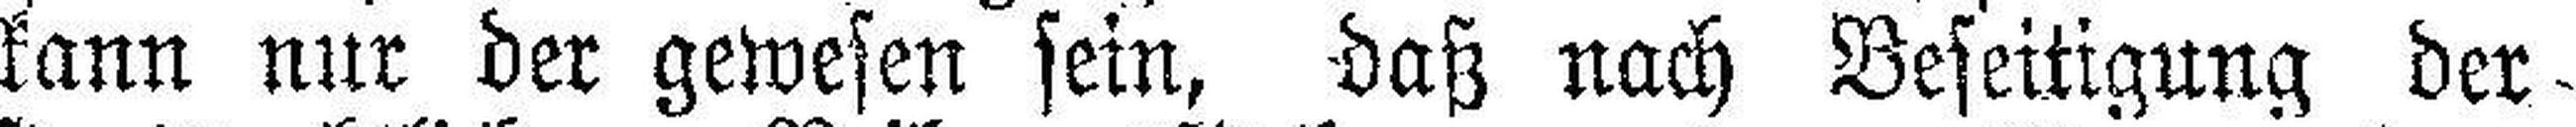
kann nur der gewesen sein, daß nach Beseitigung der